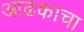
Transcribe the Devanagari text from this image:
आढकाचा